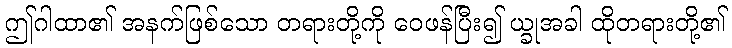
ဤဂါထာ၏ အနက်ဖြစ်သော တရားတို့ကို ဝေဖန်ပြီး၍ ယ္ခုအခါ ထိုတရားတို့၏